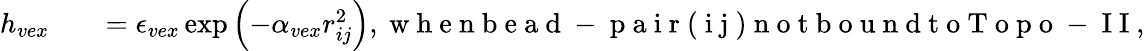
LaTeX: \begin{array}{rlr}{h_{vex}}&{{}}&{=\epsilon_{vex}\exp\left(-\alpha_{vex}r_{ij}^{2}\right),\mathrm{~w~h~e~n~b~e~a~d~-~p~a~i~r~(~i~j~)~n~o~t~b~o~u~n~d~t~o~T~o~p~o~-~I~I~},}\end{array}